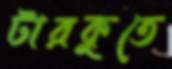
টারকুতে